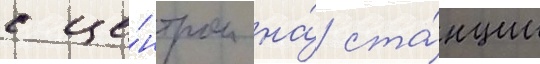
с це́нтром на́ ста́нции